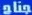
جناج